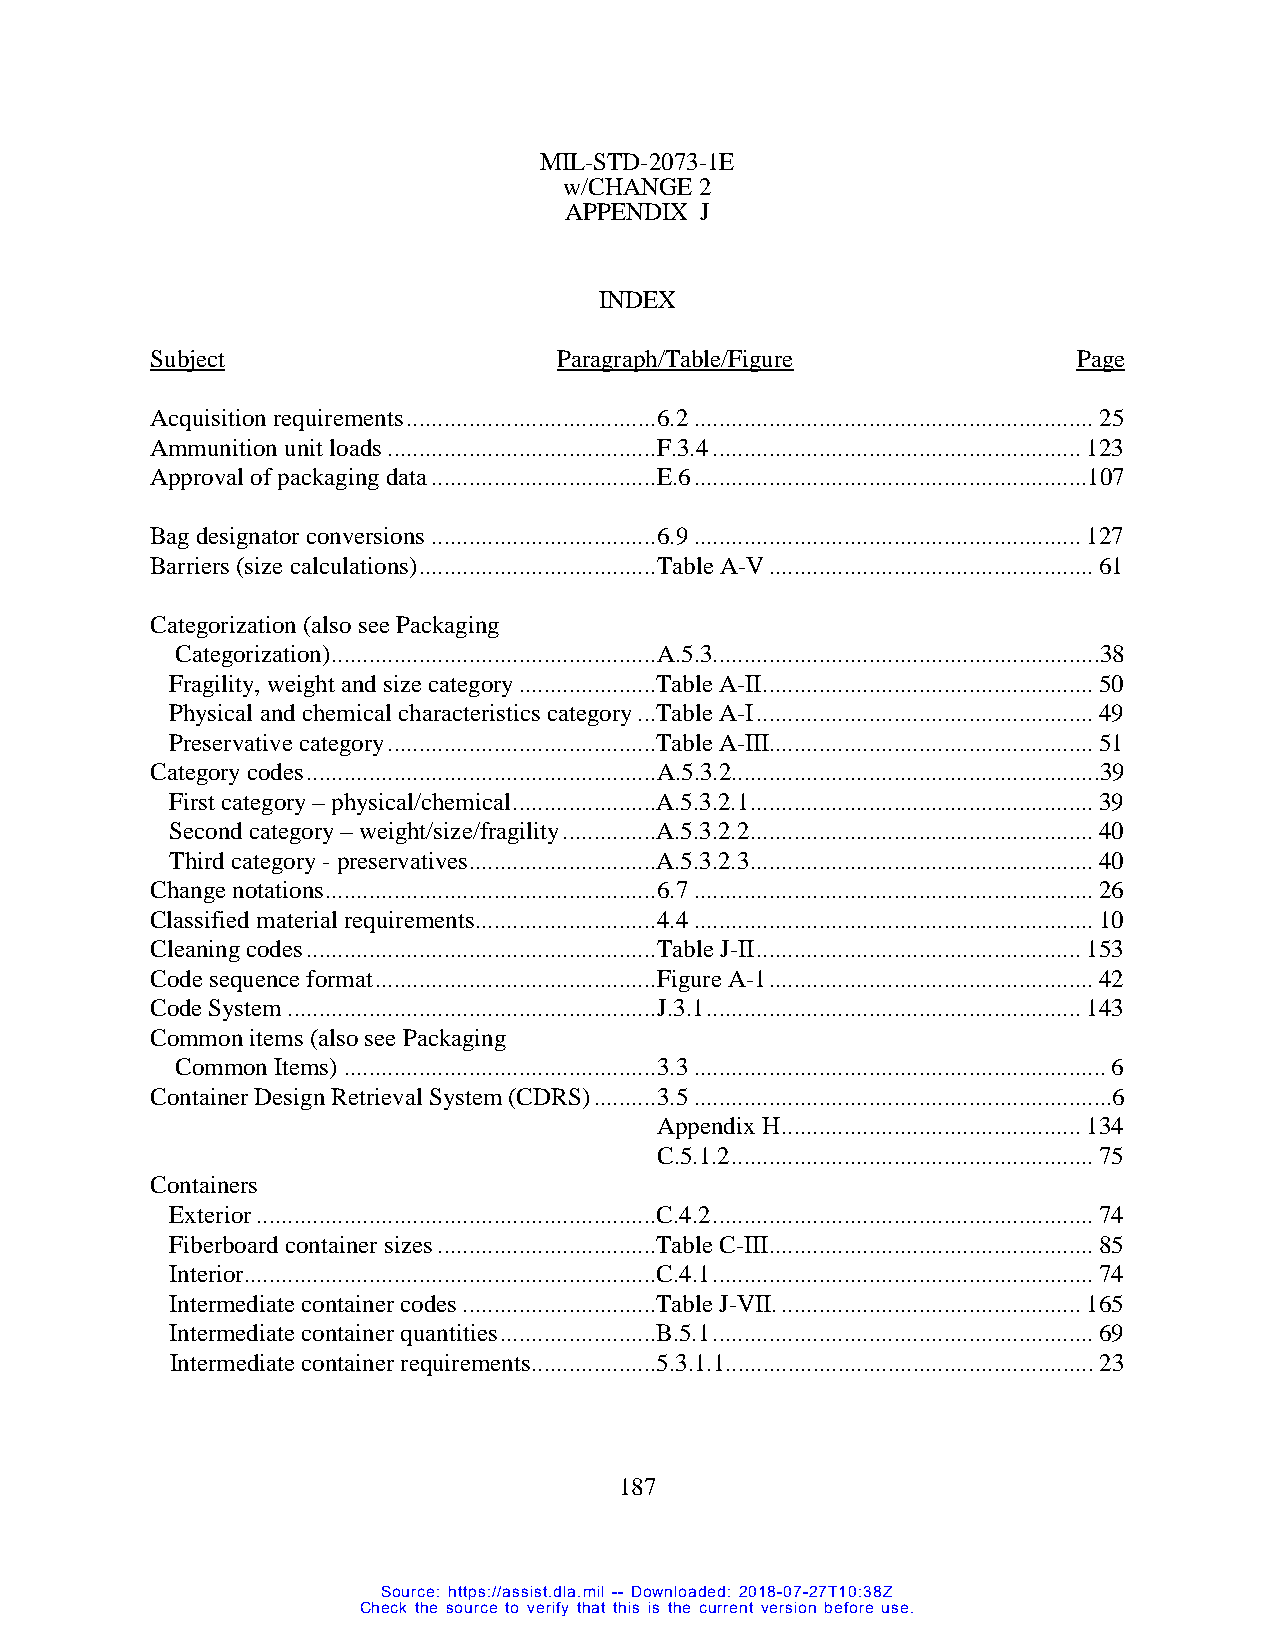
MIL-STD-2073-1E
 w/CHANGE 2
 APPENDIX J
 INDEX
 Subject                    Paragraph/Table/Figure            Page
 Acquisition requirements ........................................ 6.2 ................................................................ 25
 Ammunition unit loads ........................................... F.3.4 ........................................................... 123
 Approval of packaging data .................................... E.6 ...............................................................107
 Bag designator conversions .................................... 6.9 .............................................................. 127
 Barriers (size calculations) ...................................... Table A-V .................................................... 61
 Categorization (also see Packaging
 Categorization) .................................................... A.5.3..............................................................38
 Fragility, weight and size category ......................Table A-II ..................................................... 50
 Physical and chemical characteristics category ...Table A-I ...................................................... 49
 Preservative category ...........................................Table A-III.................................................... 51
 Category codes ........................................................ A.5.3.2...........................................................39
 First category – physical/chemical .......................A.5.3.2.1 ....................................................... 39
 Second category – weight/size/fragility ...............A.5.3.2.2 ....................................................... 40
 Third category - preservatives ..............................A.5.3.2.3 ....................................................... 40
 Change notations ..................................................... 6.7 ................................................................ 26
 Classified material requirements ............................. 4.4 ................................................................ 10
 Cleaning codes ........................................................ Table J-II .................................................... 153
 Code sequence format ............................................. Figure A-1 .................................................... 42
 Code System ........................................................... J.3.1 ............................................................ 143
 Common items (also see Packaging
 Common Items) .................................................. 3.3 .................................................................. 6
 Container Design Retrieval System (CDRS) .......... 3.5 ...................................................................6
 Appendix H ................................................ 134
 C.5.1.2 .......................................................... 75
 Containers
 Exterior ................................................................C.4.2 ............................................................. 74
 Fiberboard container sizes ...................................Table C-III .................................................... 85
 Interior..................................................................C.4.1 ............................................................. 74
 Intermediate container codes ...............................Table J-VII. ................................................ 165
 Intermediate container quantities .........................B.5.1 ............................................................. 69
 Intermediate container requirements ....................5.3.1.1........................................................... 23
 187
 Source: https://assist.dla.mil -- Downloaded: 2018-07-27T10:38Z
 Check the source to verify that this is the current version before use.